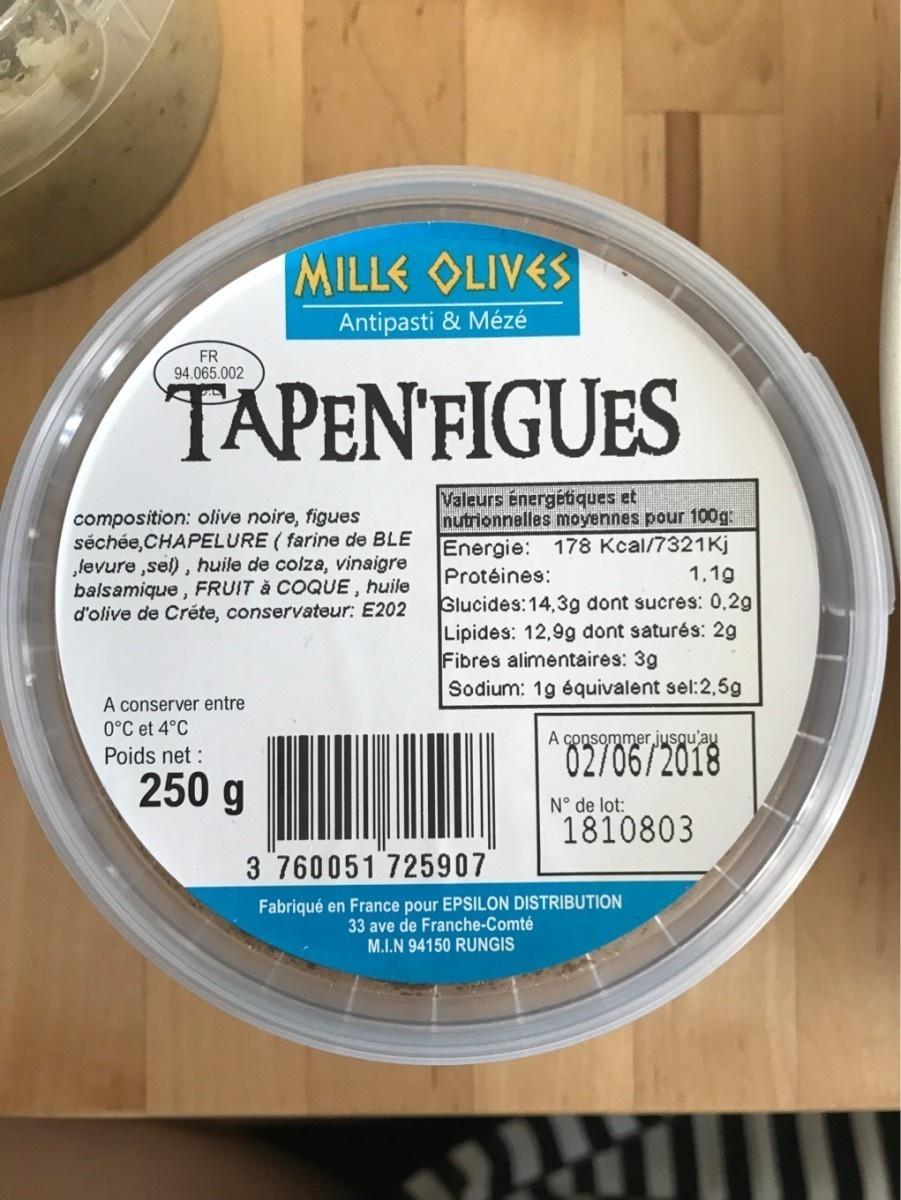
MILLE OLIVES
Antipasti & Mézé
FR 94.065.002
TAPENFIGUES
Valeurs énergétiques et nutrionnalles moyennes pour 100g: Energie: 178 Kcal/7321Kj
composition: olive noire, figues séchée,CHAPELURE ( farine de BLE levure ,sel), huile de colza, vinaigre balsamique , FRUIT à COQUE, huile d'olive de Créte, conservateur: E202
Protéines:
1,1g
Glucides: 14,3g dont sucres: 0,2g Lipides: 12,9g dont saturés: 2g Fibres alimentaires: 3g Sodium: 1g équivalent sel:2,5g
A conserver entre 0°C et 4°C
A consommerjusqu'au
Poids net :
02/06/2018
250 g
N° de lot:
1810803
3 760051 725907
Fabriqué en France pour EPSILON DISTRIBUTION 33 ave de Franche-Comté M.I.N 94150 RUNGIS